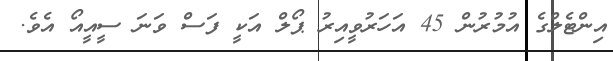
އިންޓެލްގެ އުމުރުން 45 އަހަރުވީއިރު ޕޯލް އަކީ ފަސް ވަނަ ސީއީއޯ އެވެ.